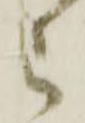
わ